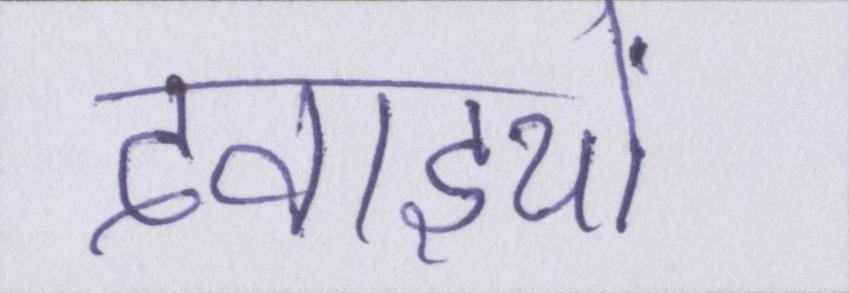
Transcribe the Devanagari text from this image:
दवाइयों